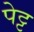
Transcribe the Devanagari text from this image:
पेट्ट